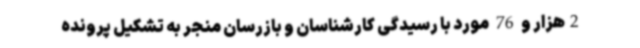
2هزار و 76 مورد با رسیدگی کارشناسان و بازرسان منجر به تشکیل پرونده